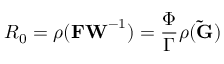
R _ { 0 } = \rho ( \mathbf { F W } ^ { - 1 } ) = \frac { \Phi } { \Gamma } \rho ( \mathbf { \tilde { G } } )